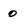
Character: 0